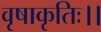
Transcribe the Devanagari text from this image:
वृषाकृतिः।।